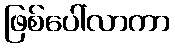
ဖြစ်ပေါ်လာကာ